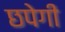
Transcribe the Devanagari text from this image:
छपेगी